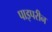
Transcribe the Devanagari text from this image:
पाइपरीन